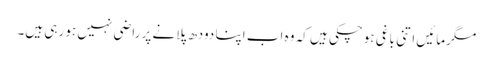
مگرمائیں اتنی باغی ہوچکی ہیں کہ وہ اب اپنا دودھ پلانے پر راضی نہیں ہو رہی ہیں۔